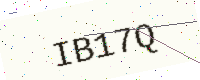
Text: IB17Q